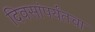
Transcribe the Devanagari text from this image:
दिवसांपर्यंतचा